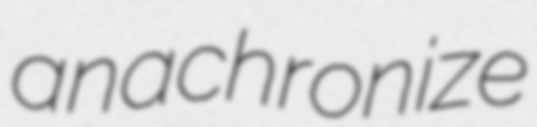
anachronize